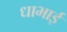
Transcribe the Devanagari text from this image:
धाभाई